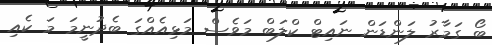
ބޯ ގަމާރު ލަންޑަން ނައިޓް ކްލަބް މަވެސް މަޅިއެއްގަ ބެދުނީމަ މަ ކެއި